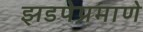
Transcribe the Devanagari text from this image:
झडपेप्रमाणे